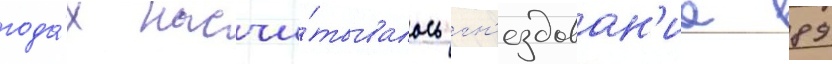
года́х насчи́тывалось гн'ездован'ие 89